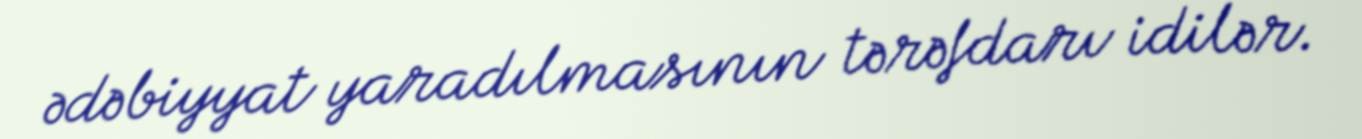
ədəbiyyat yaradılmasının tərəfdarı idilər.